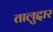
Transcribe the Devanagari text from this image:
तालुद्दार